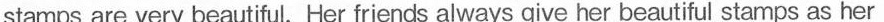
stamps are very beautiful. Her friends always give her beautiful stamps as her